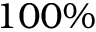
1 0 0 \%